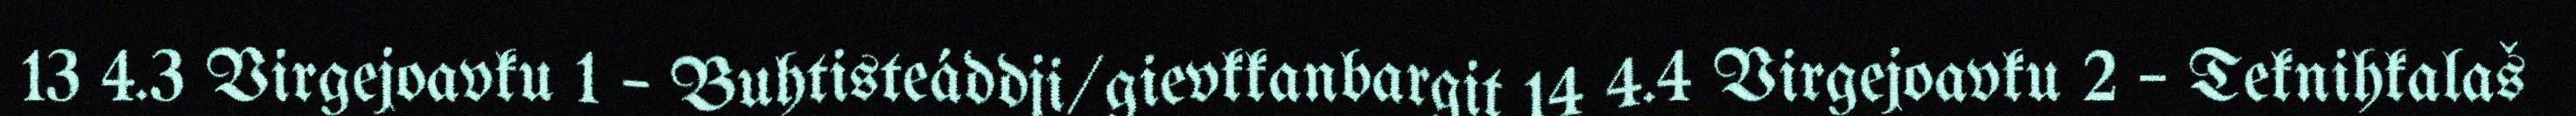
13 4.3 Virgejoavku 1 – Buhtisteáddji/gievkkanbargit 14 4.4 Virgejoavku 2 – Teknihkalaš